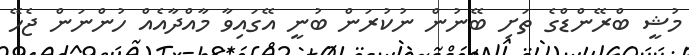
މުޝީ ބްރޭންޑްގެ ތަށި ބޭނުން ނުކުރަން ބުނީ އޭގައިވާ މާއްދާއެއް ހުންނަން ޖެހޭ